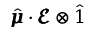
\hat { \pmb { \mu } } \cdot \pmb { \mathcal { E } } \otimes \hat { 1 }